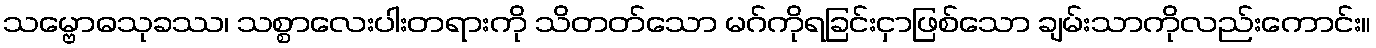
သမ္ဗောဓသုခဿ၊ သစ္စာလေးပါးတရားကို သိတတ်သော မဂ်ကိုရခြင်းငှာဖြစ်သော ချမ်းသာကိုလည်းကောင်း။